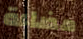
مضاءة